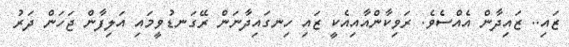
ޒައި.. ޒައިދާން އެއްސެވެ. ރަވިކާންއާއިއެކީ ޒައި ހިނގައިދާނަން ރޭގަނޑުވީމައި އަލިފާން ޖަހަން ދަރު